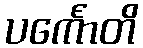
ပင်္ကောတိ